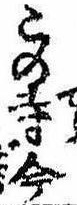
この寺今